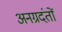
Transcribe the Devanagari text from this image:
अनग्रदंतों